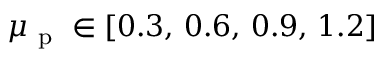
\mu _ { \mathrm { ~ p ~ } } \in [ 0 . 3 , \, 0 . 6 , \, 0 . 9 , \, 1 . 2 ]